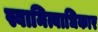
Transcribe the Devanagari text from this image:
स्वामित्वाधिकार